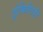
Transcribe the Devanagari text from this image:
ट्रोकिलिडी